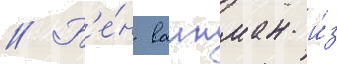
// Б'е́н ваинман и́з